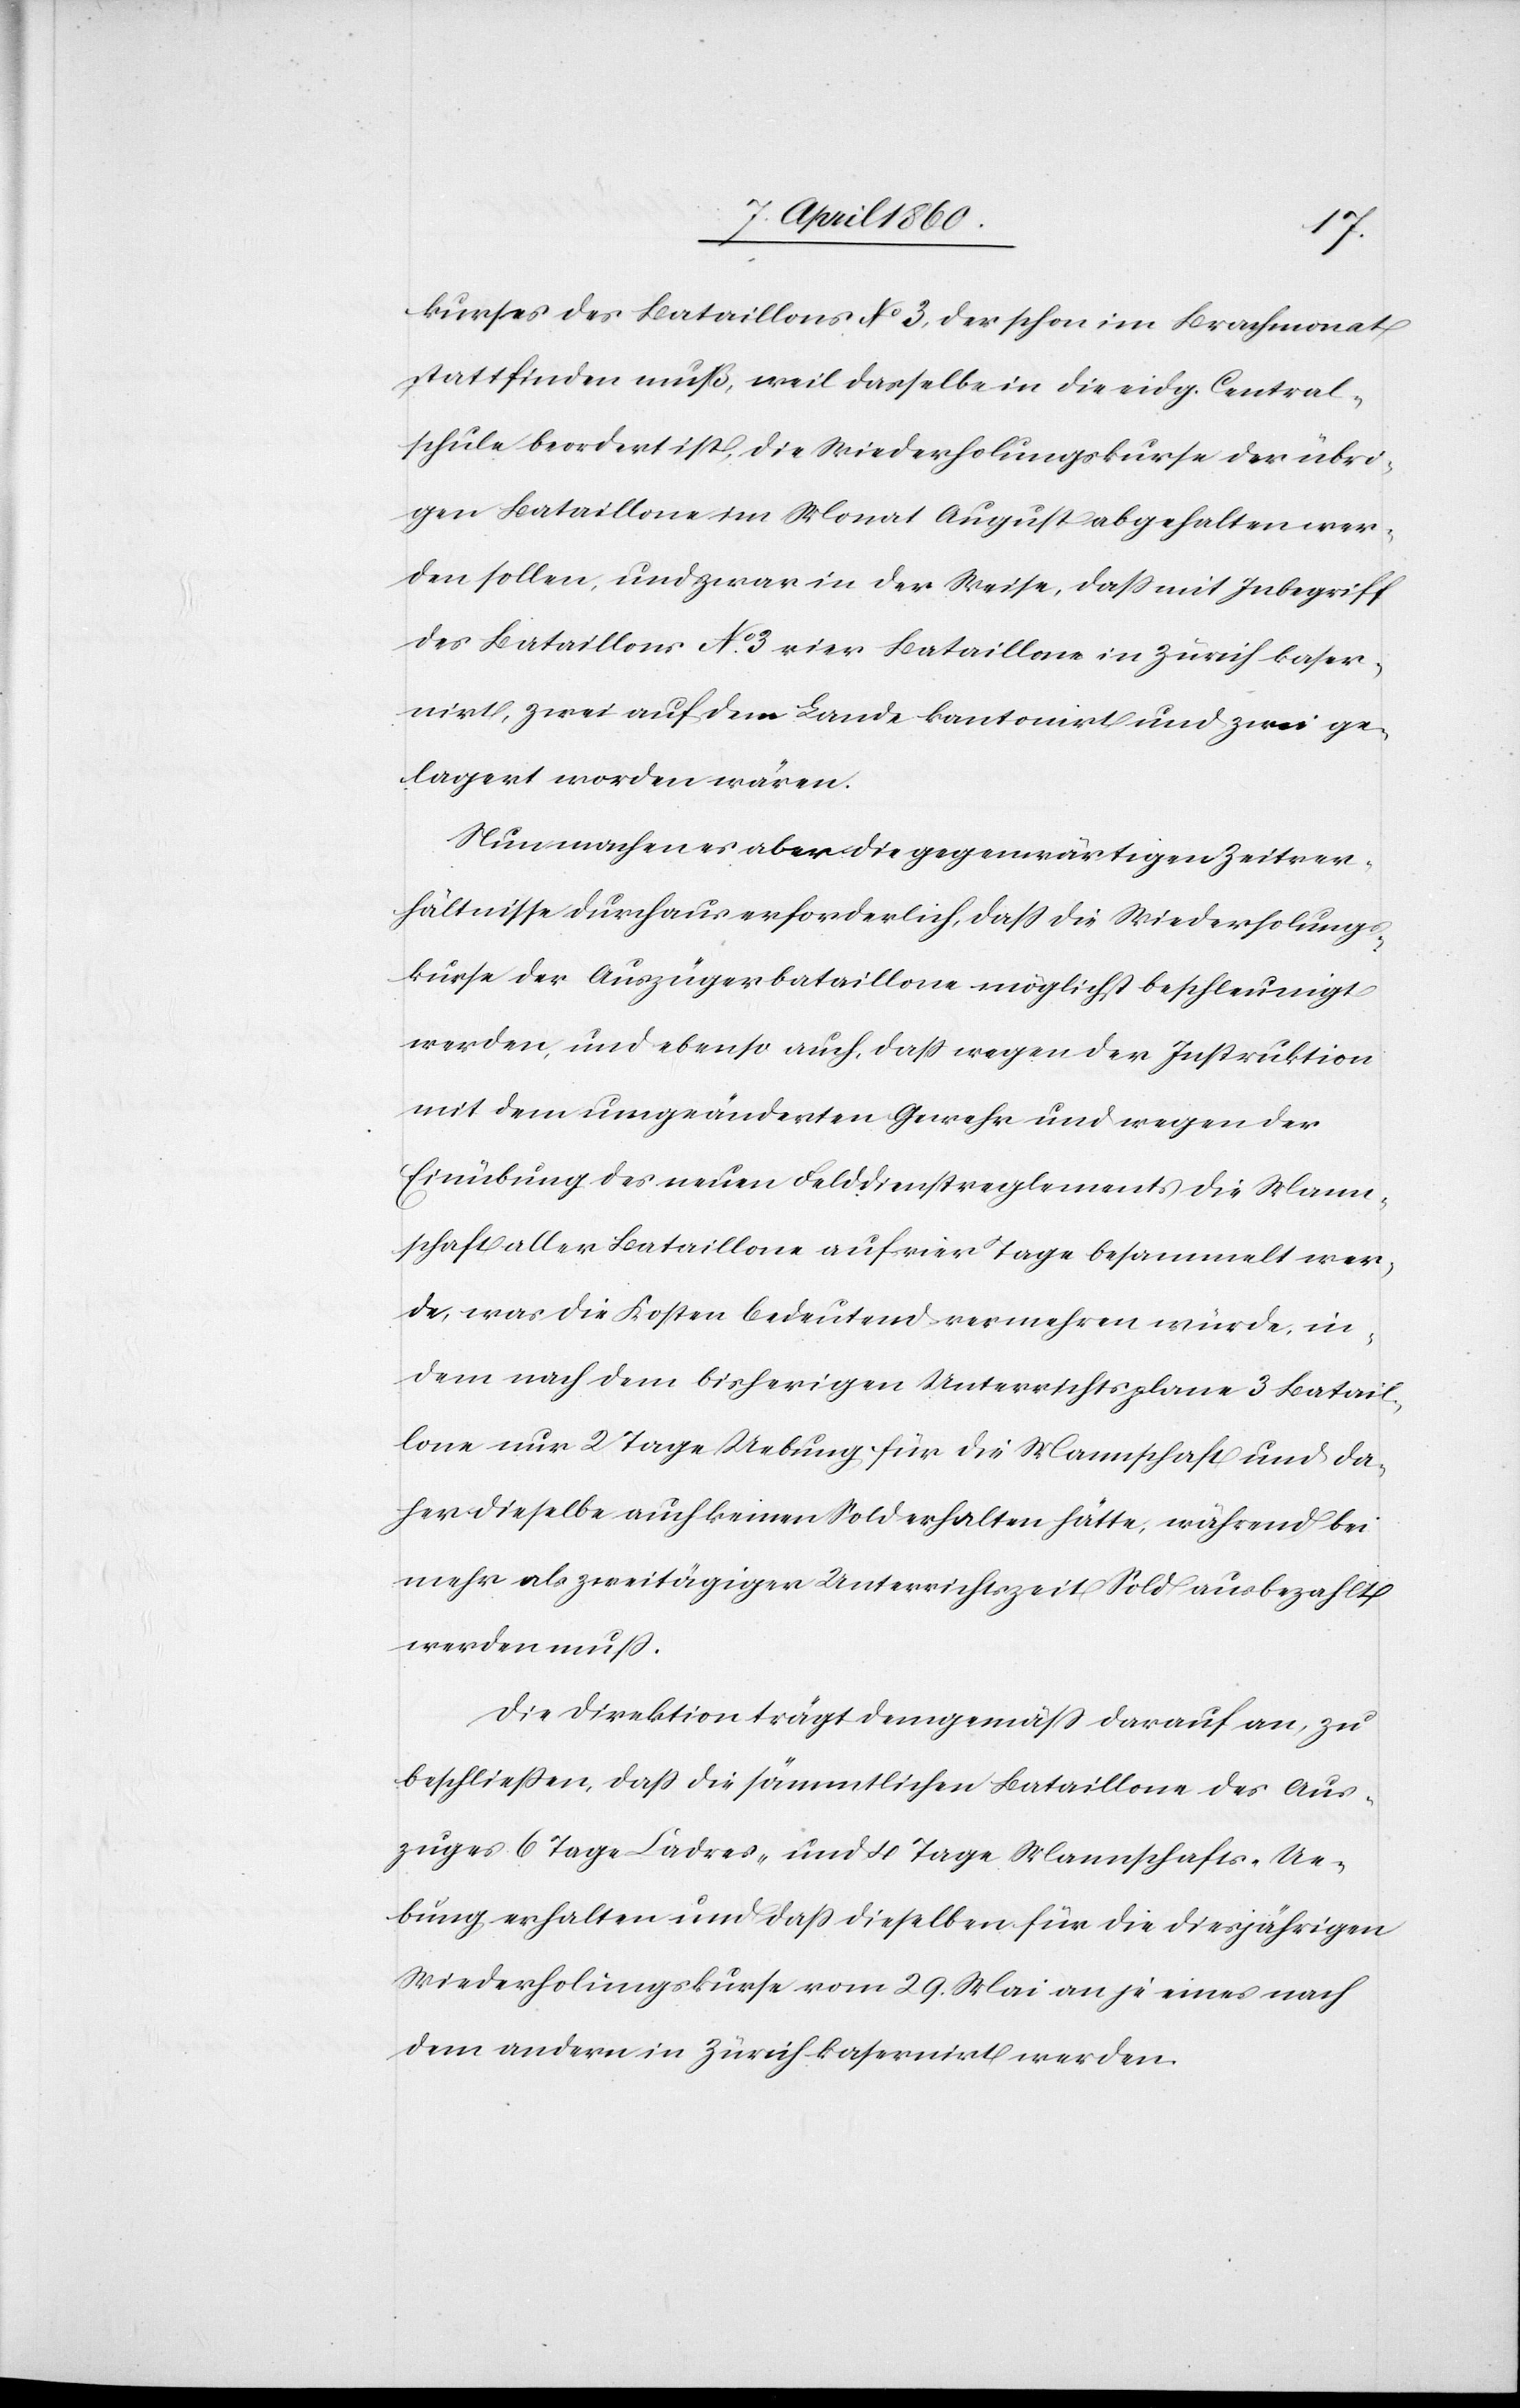
kurses des Bataillons No3. der schon im Brachmonat
statt finden muß, weil dasselbe in die eidg. Central¬
schule beordert ist, die Wiederholungskurse der übri¬
gen Bataillone im Monat August abgehalten wer¬
den sollen, und zwar in der Weise, dass mit Inbegriff
des Bataillons No 3. vier Bataillone in Zürich kaser¬
nirt, zwei auf dem Lande kantoniert und zwei ge¬
lagert worden wären.
Nun machen es aber die gegenwärtigen Zeitver¬
hältnisse durchaus erforderlich, dass die Wiederholungs¬
kurse der Auszügerbataillone möglichst beschleunigt
werden, und ebenso auch, dass wegen der Instruktion
mit dem umgeänderten Gewehr und wegen der
Einübung des neuen Felddienstreglements die Mann¬
schaft aller Bataillone auf vier Tage besammelt wer¬
den, was die Kosten bedeutend vermehren würde, in¬
dem nach dem bisherigen Unterrichtsplane 3 Batail¬
lone nur 2 Tage Uebung für die Mannschaft und da¬
her dieselbe auch keinen Sold erhalten hätte, während bei
mehr als zweitägiger Unterrichtszeit Sold ausbezahlt
werden muss.
Die Direktion trägt demgemäss darauf an, zu
beschliessen, dass die sämmtlichen Bataillone des Aus¬
zuges 6 Tage Ladres- und 4 Tage Mannschafts-Ue¬
bung erhalten und dass dieselben für die diesjährigen
Wiederholungskurse vom 29. Mai an je eines nach
dem andern in Zürich kasernirt werden.